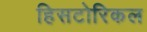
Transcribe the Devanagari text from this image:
हिसटोरिकल